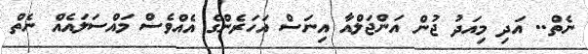
ނެތް.. އަދި މިއަދު ޖުން އަންޖަލްއާ އިނަސް އަހަރެންގެ އެއްވެސް މައްސަލައެއް ނެތް